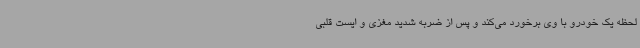
لحظه یک خودرو با وی برخورد می‌کند و پس از ضربه شدید مغزی و ایست قلبی